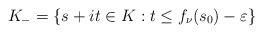
LaTeX: \begin{align*}K_{-}=\{s+it\in K:t\le f_{\nu}(s_{0})-\varepsilon\}\end{align*}